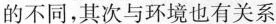
的不同，其次与环境也有关系